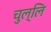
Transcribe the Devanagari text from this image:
चुल्लि